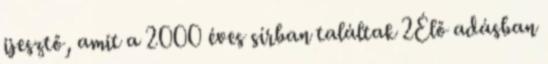
ijesztő, amit a 2000 éves sírban találtak 2Élő adásban